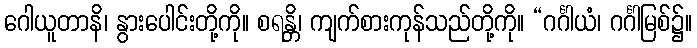
ဂေါယူတာနိ၊ နွားပေါင်းတို့ကို။ စရန္တိ၊ ကျက်စားကုန်သည်တို့ကို။ “ဂင်္ဂါယံ၊ ဂင်္ဂါမြစ်၌။